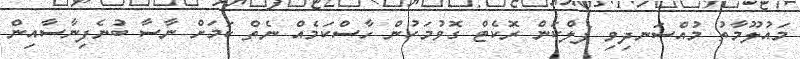
މައުލޫމާތު މުއްސަނދިވި ފެލްކަން ރޮކެޓް ގޮވުމަކުން ހާސްކަމެއް ނެތް ކަމަށް ނާސާ ބުނެފިނާސާއިން